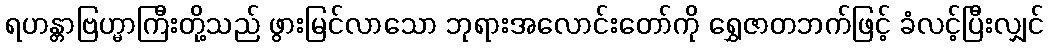
ရဟန္တာဗြဟ္မာကြီးတို့သည် ဖွားမြင်လာသော ဘုရားအလောင်းတော်ကို ရွှေဇာတဘက်ဖြင့် ခံလင့်ပြီးလျှင်